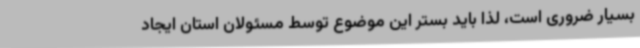
بسیار ضروری است، لذا باید بستر این موضوع توسط مسئولان استان ایجاد